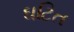
ઘટિત